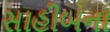
સાહીબના